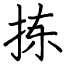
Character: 拣